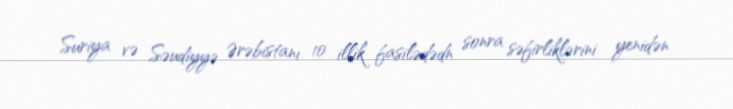
Suriya və Səudiyyə Ərəbistanı 10 illik fasilədədn sonra səfirliklərini yenidən